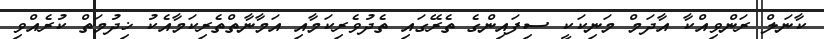
ކާނަލް ރަންވިއްކާ އާދަމް މަނިކަކީ ސިފައިންގެ ތެރޭގައި ތެދުވެރިކަމާއި އަމާނާތްތެރިކަމާއެކު ޚިދުމަތް ކުރެއްވި